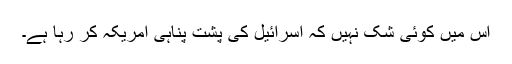
اس میں کوئی شک نہیں کہ اسرائیل کی پُشت پناہی امریکہ کر رہا ہے۔